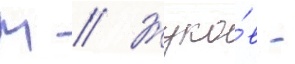
М // Жуко́в -